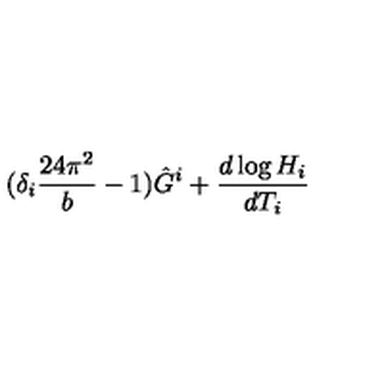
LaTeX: ( \delta _ { i } \frac { 2 4 \pi ^ { 2 } } { b } - 1 ) \hat { G } ^ { i } + \frac { d \log H _ { i } } { d T _ { i } }